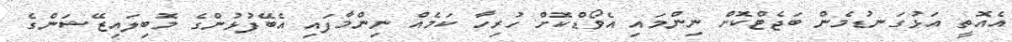
އެއޮތީ އަޅުގަނޑުމެން ބަޖެޓްކޮށް ނިންމައި އެވޯޑްކޮށް ހުރިހާ ކަމެއް ނިންމާފައި އެބޭފުޅުންގެ މޮބިލައިޒޭޝަންގެ